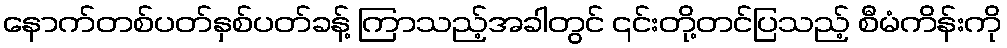
နောက်တစ်ပတ်နှစ်ပတ်ခန့် ကြာသည့်အခါတွင် ၎င်းတို့တင်ပြသည့် စီမံကိန်းကို